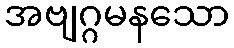
အဗျဂ္ဂမနသော